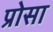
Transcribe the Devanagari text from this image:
प्रोसा